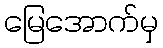
မြေအောက်မှ